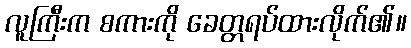
လူကြီးက စကားကို ခေတ္တရပ်ထားလိုက်၏။